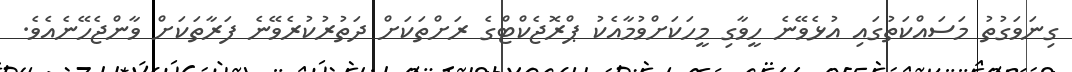
ގިނަވަގުތު މަސައްކަތުގައި އުޅެވޭނެ ހީވާގި މީހަކަށްވުމާއެކު ޕްރޮޖެކްޓްގެ ރަށްތަކަށް ދަތުރުކުރެވޭނެ ފަރާތަކަށް ވާންޖެހޭނެއެވެ.